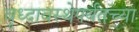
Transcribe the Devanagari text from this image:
वृध्दावस्थेपर्यंतच्या